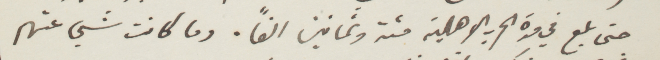
حتى بلغ في مدة الحرب الاهلية مئة وثمانين الفًا. وما كانت شيء عنهم